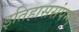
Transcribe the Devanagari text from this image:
इतिहाससंपन्न